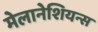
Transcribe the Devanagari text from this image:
मेलानेशियन्स